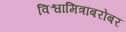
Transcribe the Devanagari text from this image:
विश्वामित्रांबरोबर